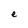
Character: e